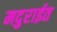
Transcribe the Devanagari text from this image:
मदुराईत